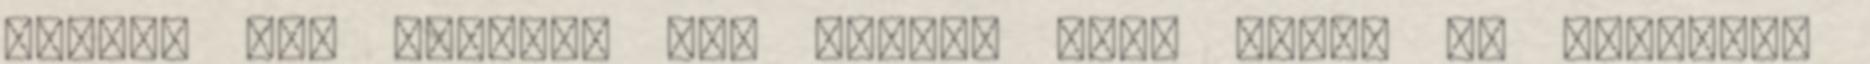
ennyi. Azt viszont nem tudom, hogy régen az amcsiban